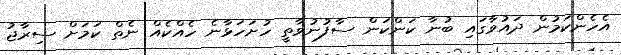
އެހެންކަމުން ދައުވާގައި ބުނާ ކަންކަން ސާފުނުވާތީ ހުށަހަޅާނެ ހެއްކެއް ނެތް ކަމަށް ސިރާޖު